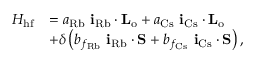
\begin{array} { r l } { H _ { \mathrm { h f } } } & { = a _ { \mathrm { R b } } \ \mathbf { i } _ { \mathrm { R b } } \cdot \mathbf { L _ { \mathrm { o } } } + a _ { \mathrm { C s } } \ \mathbf { i } _ { \mathrm { C s } } \cdot \mathbf { L _ { \mathrm { o } } } } \\ & { + \delta \left( b _ { f _ { \mathrm { R b } } } \ \mathbf { i } _ { \mathrm { R b } } \cdot \mathbf { S } + b _ { f _ { \mathrm { C s } } } \ \mathbf { i } _ { \mathrm { C s } } \cdot \mathbf { S } \right) , } \end{array}